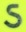
ડ